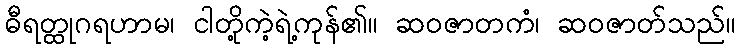
ဓီရတ္ထုဂရဟာမ၊ ငါတို့ကဲ့ရဲ့ကုန်၏။ ဆဝဇာတကံ၊ ဆဝဇာတ်သည်။